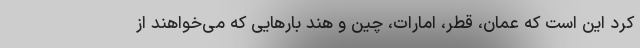
کرد این است که عمان، قطر، امارات، چین و هند بارهایی که می‌خواهند از